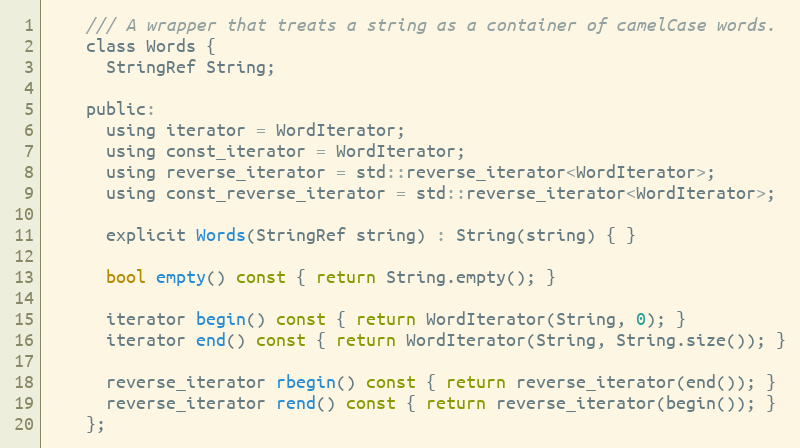
Language: C
    /// A wrapper that treats a string as a container of camelCase words.
    class Words {
      StringRef String;

    public:
      using iterator = WordIterator;
      using const_iterator = WordIterator;
      using reverse_iterator = std::reverse_iterator<WordIterator>;
      using const_reverse_iterator = std::reverse_iterator<WordIterator>;

      explicit Words(StringRef string) : String(string) { }

      bool empty() const { return String.empty(); }

      iterator begin() const { return WordIterator(String, 0); }
      iterator end() const { return WordIterator(String, String.size()); }

      reverse_iterator rbegin() const { return reverse_iterator(end()); }
      reverse_iterator rend() const { return reverse_iterator(begin()); }
    };